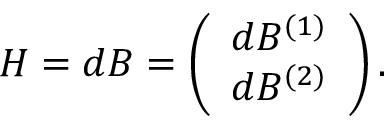
H = d B = \left( \begin{array} { c c } { { d B ^ { ( 1 ) } } } \\ { { d B ^ { ( 2 ) } } } \end{array} \right) .